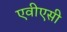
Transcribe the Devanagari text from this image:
एवीएसी